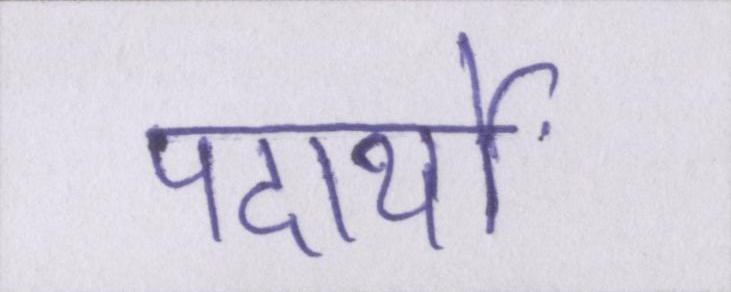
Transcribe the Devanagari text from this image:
पदार्थों